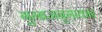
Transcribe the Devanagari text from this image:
गुम्बजनुमाकार